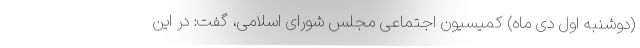
(دوشنبه اول دی ماه) کمیسیون اجتماعی مجلس شورای اسلامی، گفت: در این